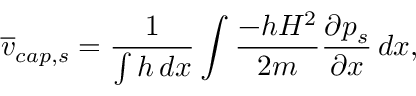
\overline { { v } } _ { c a p , s } = \frac { 1 } { \int h \, d x } \int \frac { - h H ^ { 2 } } { 2 m } \frac { \partial p _ { s } } { \partial x } \, d x ,